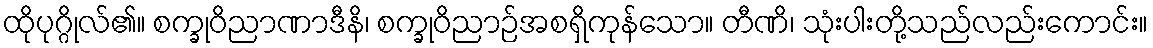
ထိုပုဂ္ဂိုလ်၏။ စက္ခုဝိညာဏာဒီနိ၊ စက္ခုဝိညာဉ်အစရှိကုန်သော။ တီဏိ၊ သုံးပါးတို့သည်လည်းကောင်း။